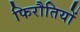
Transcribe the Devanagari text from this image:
फिरौतियों